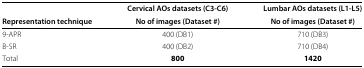
|  | Cervical AOs datasets (C3-C6) | Lumbar AOs datasets (L1-L5) |
 | Representation technique | No of images (Dataset #) | No of images (Dataset #) |
 | --- | --- | --- |
 | 9-APR | 400 (DB1) | 710 (DB3) |
 | B-SR | 400 (DB2) | 710 (DB4) |
 | Total | 800 | 1420 |